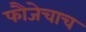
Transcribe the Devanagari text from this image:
फौजेचाच